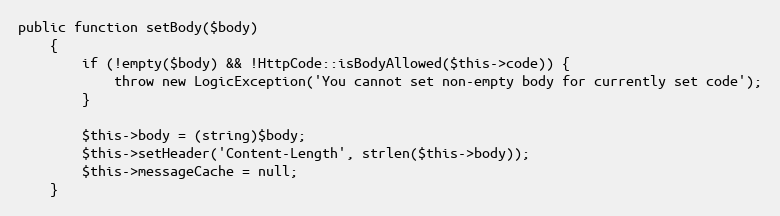
Language: PHP
public function setBody($body)
    {
        if (!empty($body) && !HttpCode::isBodyAllowed($this->code)) {
            throw new LogicException('You cannot set non-empty body for currently set code');
        }

        $this->body = (string)$body;
        $this->setHeader('Content-Length', strlen($this->body));
        $this->messageCache = null;
    }